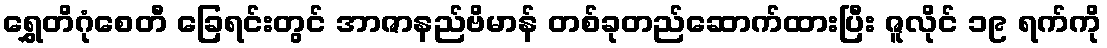
ရွှေတိဂုံစေတီ ခြေရင်းတွင် အာဇာနည်ဗိမာန် တစ်ခုတည်ဆောက်ထားပြီး ဇူလိုင် ၁၉ ရက်ကို